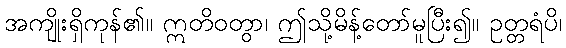
အကျိုးရှိကုန်၏။ ဣတိဝတွာ၊ ဤသို့မိန့်တော်မူပြီး၍။ ဥတ္တရံပိ၊